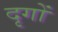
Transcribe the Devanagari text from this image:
दृगों